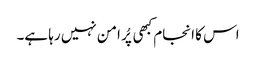
اس کا انجام کبھی پُر امن نہیں رہا ہے۔